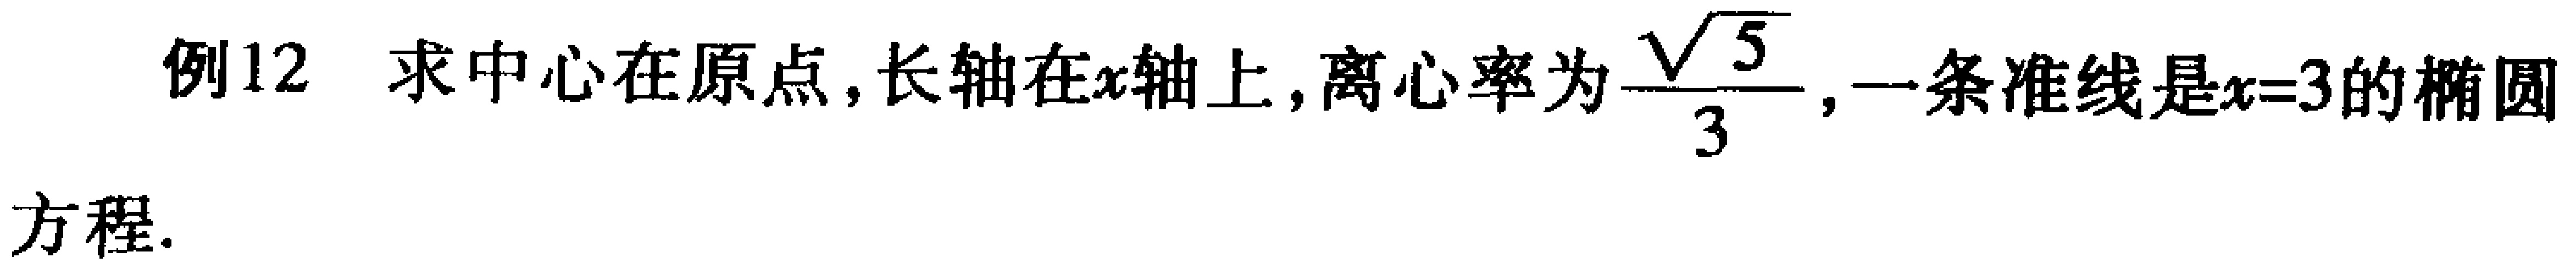
例12 求中心在原点,长轴在\(x\)轴上,离心率为\(\frac{\sqrt{5}}{3}\),一条准线是\(x = 3\)的椭圆方程.